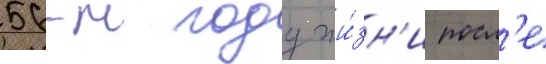
56-м году жи́зн'и посл'е